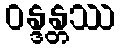
ဝန္ဒန္တဿ